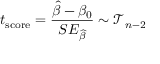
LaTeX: t _ { \mathrm { s c o r e } } = { \frac { { \widehat { \beta } } - \beta _ { 0 } } { S E _ { \widehat { \beta } } } } \sim { \mathcal { T } } _ { n - 2 }